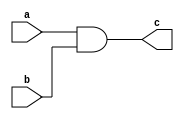
module comb_logic(
    input a, 
    input b,
    output c
);

assign c = a & b;

endmodule